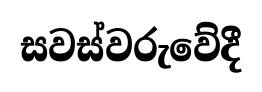
සවස්වරුවේදී